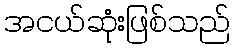
အငယ်ဆုံးဖြစ်သည်